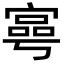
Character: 𡪑